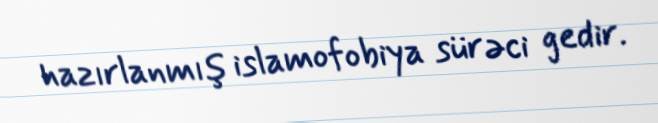
hazırlanmış islamofobiya sürəci gedir.